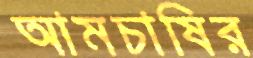
আমচাষির